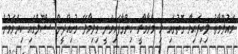
މައުލޫމާތު ލިބިފައިވާ ގޮތުގައި މި މާރާމާރީ ހިންގާފައިވަނީ ވިލިމާލޭ މުހިއްދީން ސްކޫލްގައި ކިޔަވަމުން